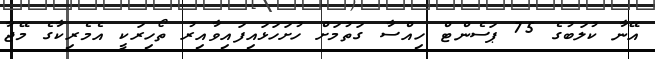
އޭނާ ކުލަބުގެ 75 ޕަސެންޓް ހިއްސާ ގަތުމަށް ހުށަހަޅައިފައިވާއިރު ތޯހިރަކީ އެމެރިކާގެ މޭޖާ